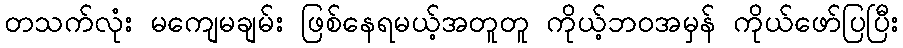
တသက်လုံး မကျေမချမ်း ဖြစ်နေရမယ့်အတူတူ ကိုယ့်ဘဝအမှန် ကိုယ်ဖော်ပြပြီး